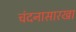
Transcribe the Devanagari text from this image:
चंदनासारखा